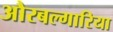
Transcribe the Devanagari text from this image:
औरबल्गारिया